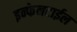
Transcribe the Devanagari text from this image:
इन्फेनटाईल